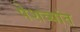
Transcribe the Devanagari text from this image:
पेशव्यांत